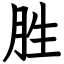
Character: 胜